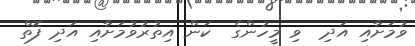
ވުމަށާއި އަދި  ވި މީހުންގެ  ކަން އިތުރުވުމަށާއި އަދި ފޮތް